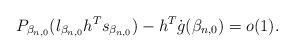
LaTeX: \begin{align*}{ P_{\beta_{n,0}} }(l_{{\beta_{n,0}}} h^T s_{{\beta_{n,0}}}) -h^T\dot g({{\beta_{n,0}}})=o(1).\end{align*}